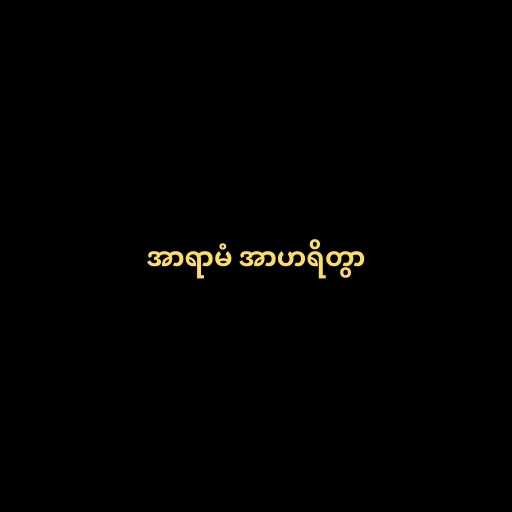
အာရာမံ အာဟရိတွာ